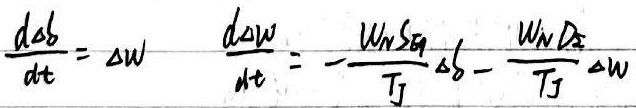
\[
\frac{d\Delta\delta}{dt} = \Delta\omega \quad \frac{d\Delta\omega}{dt} = -\frac{W_n S_{eq}}{T_J} \Delta\delta - \frac{W_n D_z}{T_J} \Delta\omega
\]